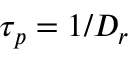
\tau _ { p } = 1 / D _ { r }